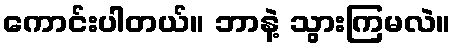
ကောင်းပါတယ်။ ဘာနဲ့ သွားကြမလဲ။